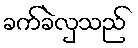
ခက်ခဲလှသည်